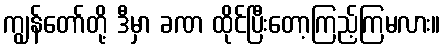
ကျွန်တော်တို့ ဒီမှာ ခဏ ထိုင်ပြီးတော့ကြည့်ကြမလား။